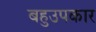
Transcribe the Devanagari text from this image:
बहुउपकार